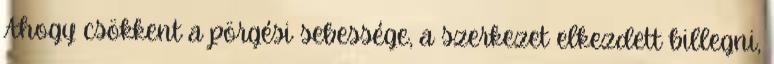
Ahogy csökkent a pörgési sebessége, a szerkezet elkezdett billegni,